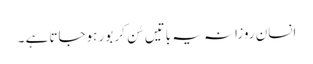
انسان روزانہ یہ باتیں سُن کر بور ہوجاتا ہے ۔